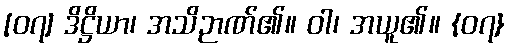
[၀၇] ဒိဋ္ဌိယာ၊ အသိဉာဏ်၏။ ဝါ၊ အယူ၏။ {၀၇}